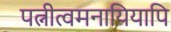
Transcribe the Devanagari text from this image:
पत्नीत्वमनायियापि